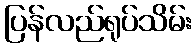
ပြန်လည်ရုပ်သိမ်း